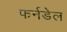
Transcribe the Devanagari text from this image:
फर्नडेल